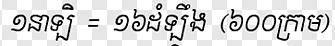
១នាឡិ = ១៦ដំឡឹង (600គ្រាម)